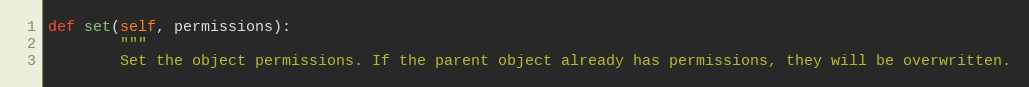
Language: Python
def set(self, permissions):
        """
        Set the object permissions. If the parent object already has permissions, they will be overwritten.